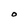
Character: O